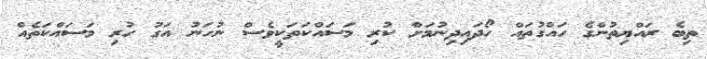
ތިބެ ރައްޔިތުންގެ ހައްގުތައް ހޯދައިދިނުމަށް ކުރި މަސައްކަތަކީވެސް ނުހަނު އަގު ހުރި މަސައްކަތެއް